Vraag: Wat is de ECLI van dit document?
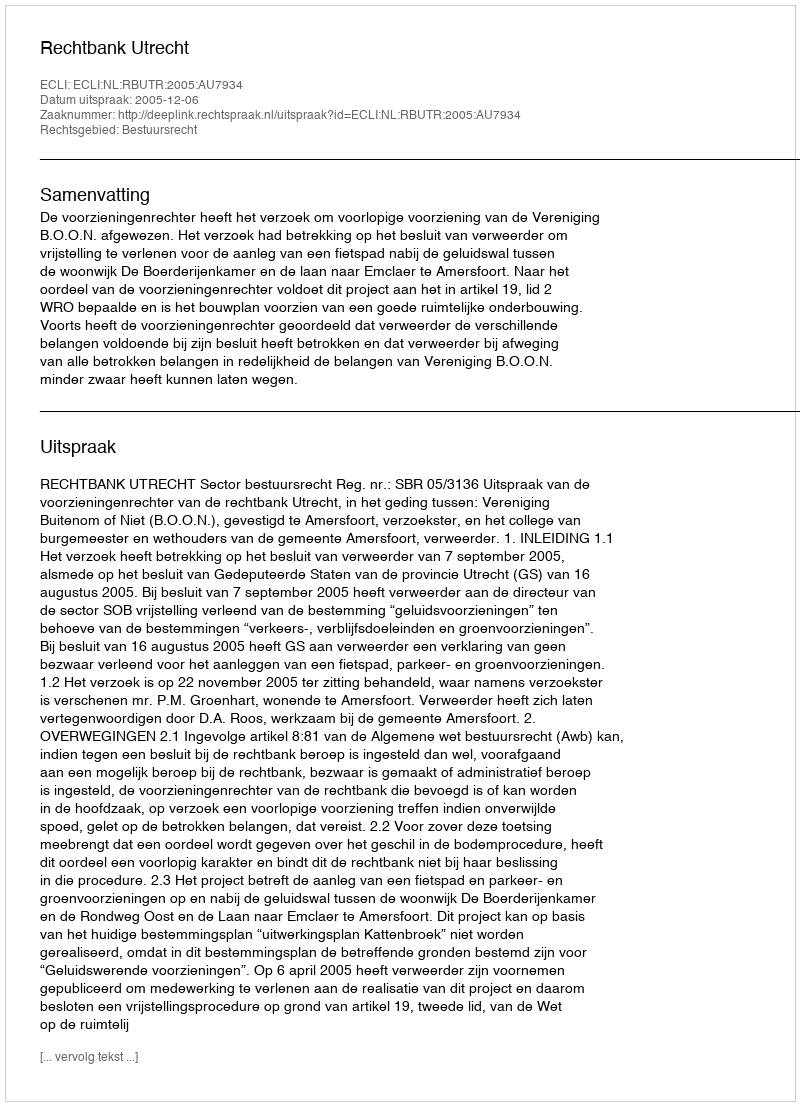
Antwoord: ECLI:NL:RBUTR:2005:AU7934